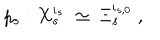
p _ { s } : X _ { s } ^ { \iota _ { s } } \ \simeq \ \Xi _ { s } ^ { \iota _ { s , 0 } } \ ,